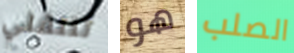
تنتقلي هو الصلب